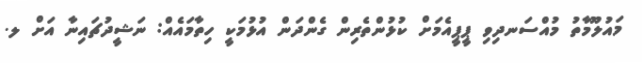
މައުލޫމާތު މުއްސަނދިވި ޕީޕީއެމަށް ކުޅުންތެރިން ގެންދަން އުޅުމަކީ ހިތާމައެއް: ނަޝީދުޗައިނާ އަށް ލ.